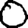
Digit: 0